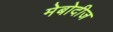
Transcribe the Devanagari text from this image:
मेबोदीज